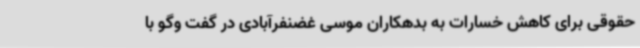
حقوقی برای کاهش خسارات به بدهکاران موسی غضنفرآبادی در گفت وگو با